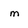
Character: m